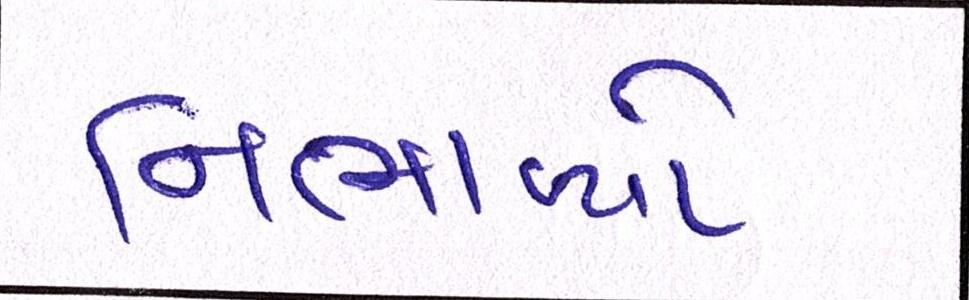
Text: નિભાવ્યો